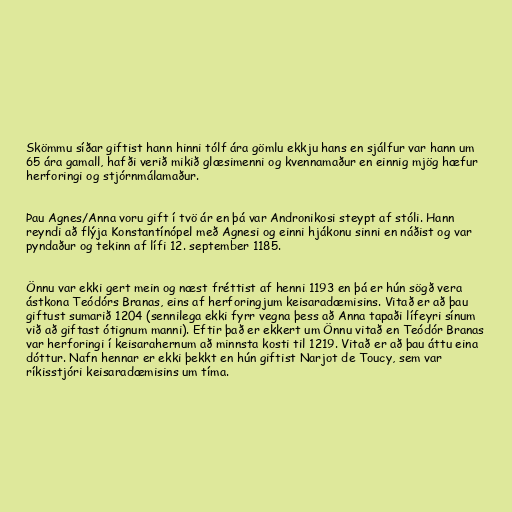
Skömmu síðar giftist hann hinni tólf ára gömlu ekkju hans en sjálfur var hann um
65 ára gamall, hafði verið mikið glæsimenni og kvennamaður en einnig mjög hæfur
herforingi og stjórnmálamaður.

Þau Agnes/Anna voru gift í tvö ár en þá var Andronikosi steypt af stóli. Hann
reyndi að flýja Konstantínópel með Agnesi og einni hjákonu sinni en náðist og var
pyndaður og tekinn af lífi 12. september 1185.

Önnu var ekki gert mein og næst fréttist af henni 1193 en þá er hún sögð vera
ástkona Teódórs Branas, eins af herforingjum keisaradæmisins. Vitað er að þau
giftust sumarið 1204 (sennilega ekki fyrr vegna þess að Anna tapaði lífeyri sínum
við að giftast ótignum manni). Eftir það er ekkert um Önnu vitað en Teódór Branas
var herforingi í keisarahernum að minnsta kosti til 1219. Vitað er að þau áttu eina
dóttur. Nafn hennar er ekki þekkt en hún giftist Narjot de Toucy, sem var
ríkisstjóri keisaradæmisins um tíma.